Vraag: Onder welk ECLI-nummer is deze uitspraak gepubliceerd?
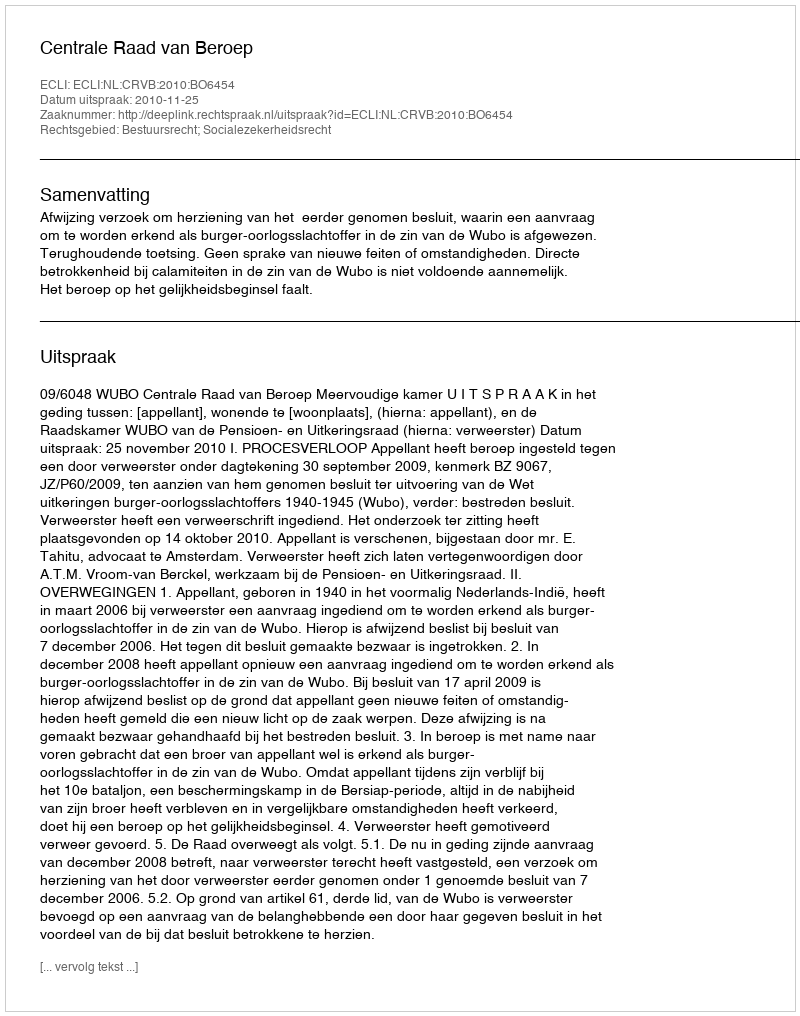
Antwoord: ECLI:NL:CRVB:2010:BO6454